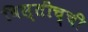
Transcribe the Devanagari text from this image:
विस्तीच्ची